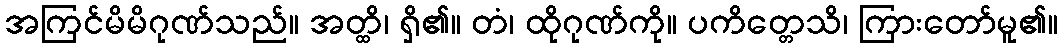
အကြင်မိမိဂုဏ်သည်။ အတ္ထိ၊ ရှိ၏။ တံ၊ ထိုဂုဏ်ကို။ ပကိတ္တေသိ၊ ကြားတော်မူ၏။